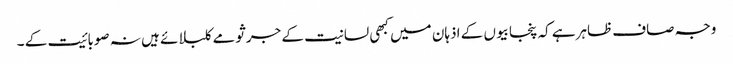
وجہ صاف ظاہرہے کہ پنجابیوں کے اذہان میں کبھی لسانیت کے جرثومے کلبلائے ہیں نہ صوبائیت کے ۔